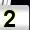
Digit: 2